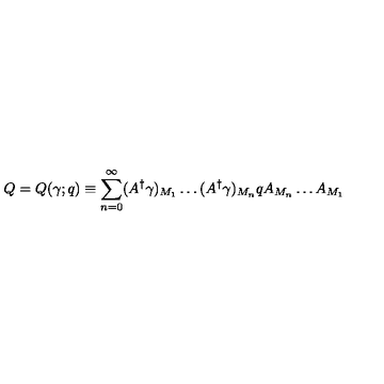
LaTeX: Q = Q ( \gamma ; q ) \equiv \sum _ { n = 0 } ^ { \infty } ( A ^ { \dagger } \gamma ) _ { M _ { 1 } } \ldots ( A ^ { \dagger } \gamma ) _ { M _ { n } } q A _ { M _ { n } } \ldots A _ { M _ { 1 } }